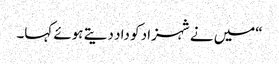
“میں نے شہزاد کو داد دیتے ہوئے کہا۔